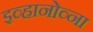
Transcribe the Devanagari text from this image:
इव्हानोव्ना